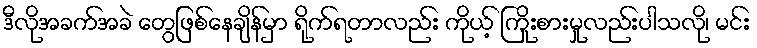
ဒီလိုအခက်အခဲ တွေဖြစ်နေချိန်မှာ ရိုက်ရတာလည်း ကိုယ့် ကြိုးစားမှုလည်းပါသလို၊ မင်း